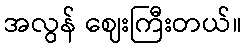
အလွန် ဈေးကြီးတယ်။